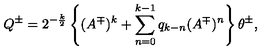
Q ^ { \pm } = 2 ^ { - \frac k 2 } \left\{ ( A ^ { \mp } ) ^ { k } + \sum _ { n = 0 } ^ { k - 1 } q _ { k - n } ( A ^ { \mp } ) ^ { n } \right\} \theta ^ { \pm } ,